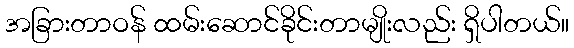
အခြားတာဝန် ထမ်းဆောင်ခိုင်းတာမျိုးလည်း ရှိပါတယ်။